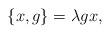
LaTeX: \begin{align*}\{x, g\}= \lambda gx,\end{align*}